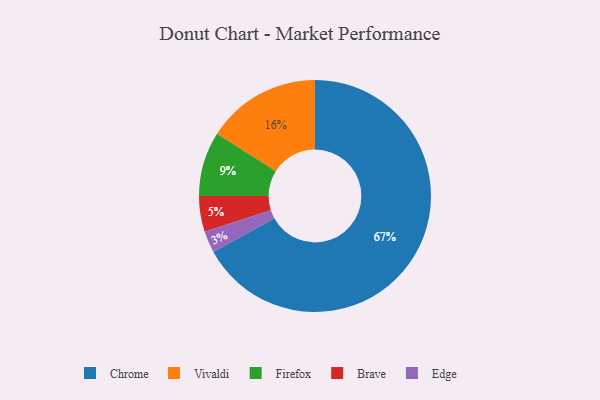
{"axis": {"x": "Category", "y": "Percentage"}, "legend": ["Brave", "Chrome", "Edge", "Firefox", "Vivaldi"], "data": [{"x": "Edge", "y": 3, "type": "Edge"}, {"x": "Brave", "y": 5, "type": "Brave"}, {"x": "Vivaldi", "y": 16, "type": "Vivaldi"}, {"x": "Chrome", "y": 67, "type": "Chrome"}, {"x": "Firefox", "y": 9, "type": "Firefox"}]}